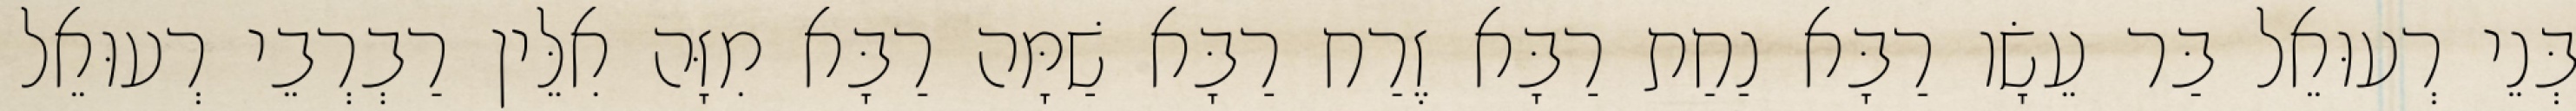
בְּנֵי רְעוּאֵל בַּר עֵשָׂו רַבָּא נַחַת רַבָּא זֶרַח רַבָּא שַׁמָּה רַבָּא מִזָּה אִלֵּין רַבְרְבֵי רְעוּאֵל